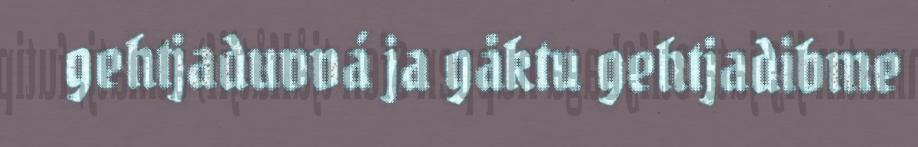
gehtjaduvvá ja gåktu gehtjadibme